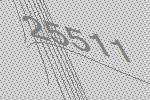
25511